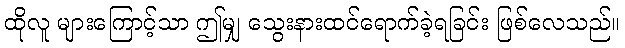
ထိုလူ များကြောင့်သာ ဤမျှ သွေးနားထင်ရောက်ခဲ့ရခြင်း ဖြစ်လေသည်။